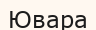
Ювара